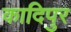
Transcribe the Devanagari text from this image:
कादिपुर